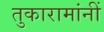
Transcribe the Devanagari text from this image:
तुकारामांनीं